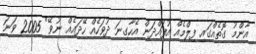
އާންމު ގޮތެއްގައި ފިލްމެއް އުފައްދަން އެހާގިނަ ދުވަހެއް ހޭދައެއް ނުވޭ" 2005 ވަނަ